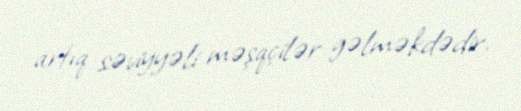
artıq səviyyəli məşqçilər gəlməkdədir.